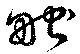
畎